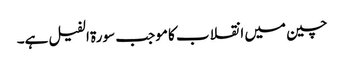
چین میں انقلاب کا موجب سورۃ الفیل ہے۔